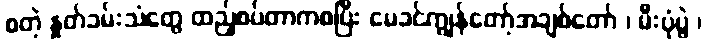
စတဲ့ နှုတ်ခမ်းသံတွေ ထည့်စပ်တာကစပြီး မေခင်ကျွန်တော့်အချစ်တော် ၊ မီးပုံပွဲ ၊